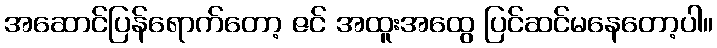
အဆောင်ပြန်ရောက်တော့ ဇင် အထူးအထွေ ပြင်ဆင်မနေတော့ပါ။